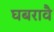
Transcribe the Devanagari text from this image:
घबरावै